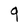
Character: q